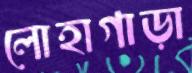
লোহাগাড়া